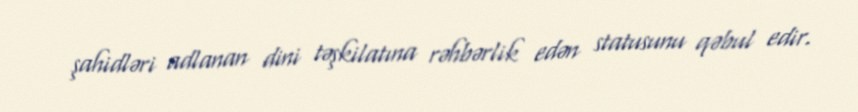
şahidləri adlanan dini təşkilatına rəhbərlik edən statusunu qəbul edir.